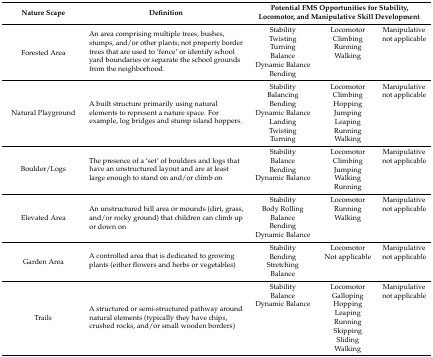
| Nature Scape | Definition | <COLSPAN=3> Potential FMS Opportunities for Stability, Locomotor, and Manipulative Skill Development |
 | --- | --- | --- | --- | --- |
 | <ROWSPAN=6> Forested Area | <ROWSPAN=6> An area comprising multiple trees, bushes, stumps, and/or other plants; not property border trees that are used to ‘fence’ or identify school yard boundaries or separate the school grounds from the neighborhood. | Stability | Locomotor | Manipulative |
 | Twisting | Climbing | not applicable |
 | Turning | Running | <ROWSPAN=4>  |
 | Balance | Walking |
 | Dynamic Balance | <ROWSPAN=2>  |
 | Bending |
 | <ROWSPAN=7> Natural Playground | <ROWSPAN=7> A built structure primarily using natural elements to represent a nature space. For example, log bridges and stump island hoppers. | Stability | Locomotor | Manipulative |
 | Balancing | Climbing | not applicable |
 | Bending | Hopping | <ROWSPAN=5>  |
 | Dynamic Balance | Jumping |
 | Landing | Leaping |
 | Twisting | Running |
 | Turning | Walking |
 | <ROWSPAN=5> Boulder/Logs | <ROWSPAN=5> The presence of a ‘set’ of boulders and logs that have an unstructured layout and are at least large enough to stand on and/or climb on | Stability | Locomotor | Manipulative |
 | Balance | Climbing | not applicable |
 | Bending | Jumping |  |
 | Dynamic Balance | Walking | <ROWSPAN=2>  |
 |  | Running |
 | <ROWSPAN=5> Elevated Area | <ROWSPAN=5> An unstructured hill area or mounds (dirt, grass, and/or rocky ground) that children can climb up or down on | Stability | Locomotor | Manipulative |
 | Body Rolling | Running | not applicable |
 | Balance | Walking | <ROWSPAN=3>  |
 | Bending | <ROWSPAN=2>  |
 | Dynamic Balance |
 | <ROWSPAN=4> Garden Area | <ROWSPAN=4> A controlled area that is dedicated to growing plants (either flowers and herbs or vegetables) | Stability | Locomotor | Manipulative |
 | Bending | Not applicable | not applicable |
 | Stretching | <ROWSPAN=2>  | <ROWSPAN=2>  |
 | Balance |
 | <ROWSPAN=8> Trails | <ROWSPAN=8> A structured or semi-structured pathway around natural elements (typically they have chips, crushed rocks, and/or small wooden borders) | Stability | Locomotor | Manipulative |
 | Balance | Galloping | not applicable |
 | Dynamic Balance | Hopping | <ROWSPAN=6>  |
 | <ROWSPAN=5>  | Leaping |
 | Running |
 | Skipping |
 | Sliding |
 | Walking |